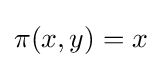
\pi (x,y)=x